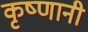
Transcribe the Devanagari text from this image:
कृष्णानी